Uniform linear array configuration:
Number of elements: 32
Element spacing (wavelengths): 0.75
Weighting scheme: exponential
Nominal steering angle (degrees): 45
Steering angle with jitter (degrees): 44.88
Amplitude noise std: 0.05
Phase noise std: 0.05

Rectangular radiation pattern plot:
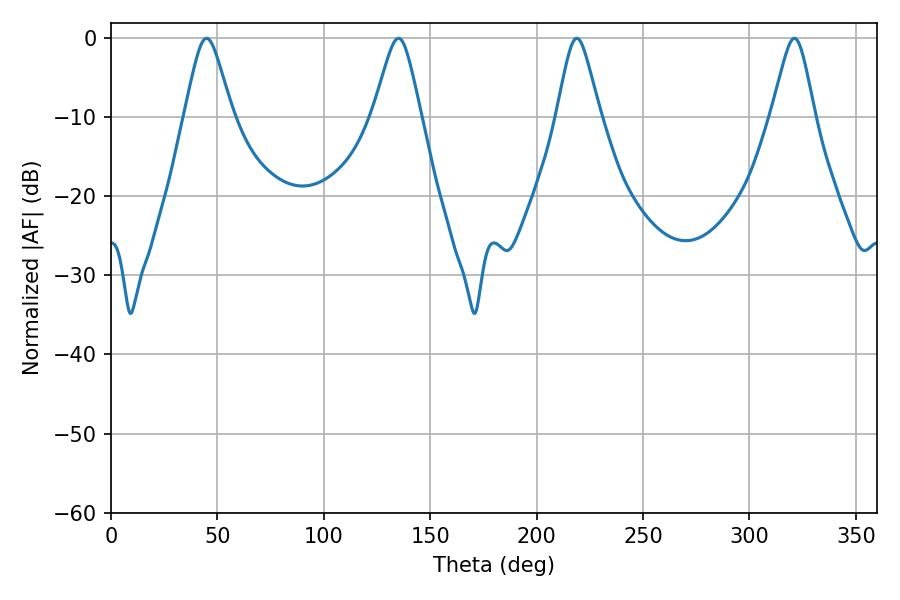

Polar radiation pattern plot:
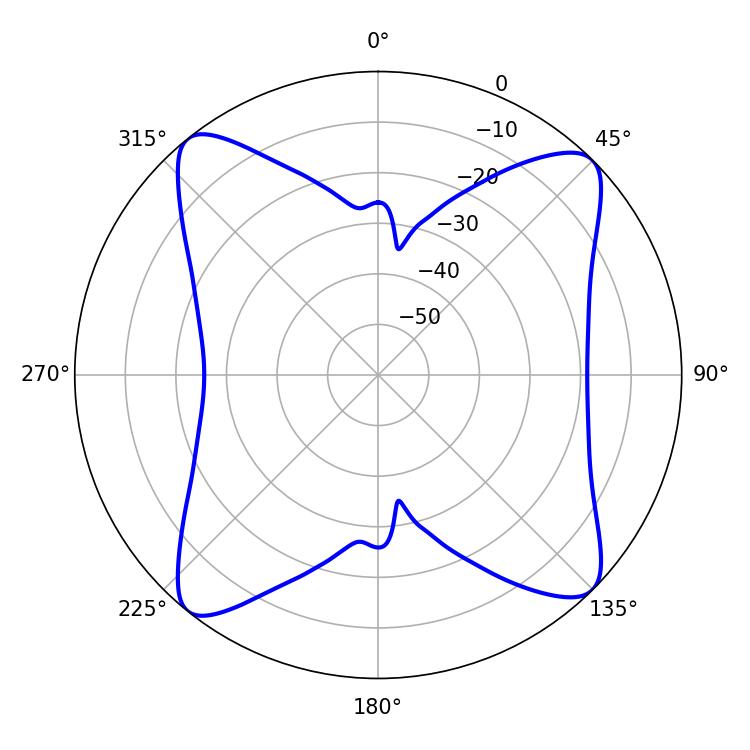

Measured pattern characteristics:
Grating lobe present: TRUE
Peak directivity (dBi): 14.441
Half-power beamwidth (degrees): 9.72
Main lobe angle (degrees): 218.88